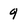
Character: q